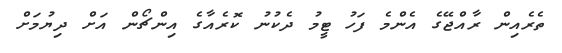
ތެރެއިން ރާއްޖޭގެ އެންމެ ފަހު ޓީމު ދެކުނު ކޮރެއާގެ އިންޗޯން އަށް ދިޔުމަށް